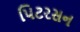
પિટરસન